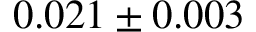
0 . 0 2 1 \pm 0 . 0 0 3